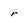
Character: r